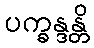
ပက္ခန္ဒန္တိ